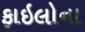
ફાઇલોના